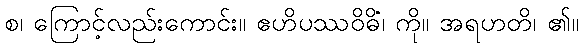
စ၊ ကြောင့်လည်းကောင်း။ ဧဟိပဿဝိဓိံ၊ ကို။ အရဟတိ၊ ၏။